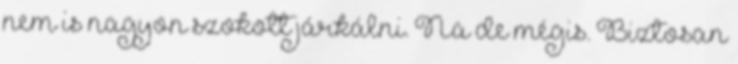
nem is nagyon szokott járkálni. Na de mégis. Biztosan